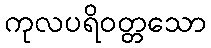
ကုလပရိဝတ္တသော